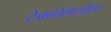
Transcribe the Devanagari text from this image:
टेक्नोलाजीला